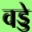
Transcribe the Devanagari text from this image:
वड्डे